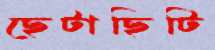
ছেটাছিটি